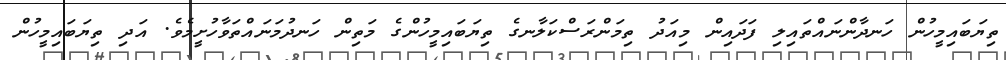
ތިޔަބައިމީހުން ހަނދާންނައްތައިލި ފަދައިން މިއަދު ތިމަންރަސްކަލާނގެ ތިޔަބައިމީހުންގެ މަތިން ހަނދުމަނައްތަވާހުށީމެވެ. އަދި ތިޔަބައިމީހުން